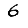
Digit: 6